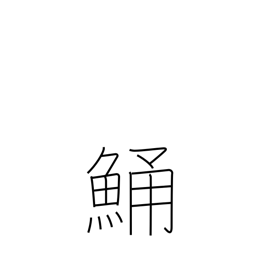
Meaning: flathead (fish)